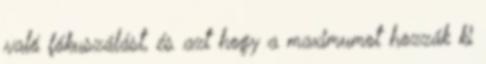
való fókuszálást, és azt hogy a maximumot hozzák ki